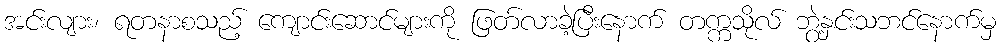
အင်းလျား၊ ရတနာစသည့် ကျောင်းဆောင်များကို ဖြတ်လာခဲ့ပြီးနောက် တက္ကသိုလ် ဘွဲ့နှင်းသဘင်နောက်မှ